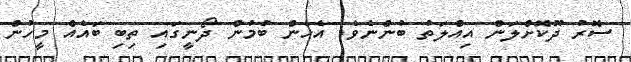
ސޮރު ދޫކޮށްލަން އިއްލަތު ބުންނެވެ. އެހެން ބުމުން ދޯނީގައި ތިބި ބައެއް މީހުން